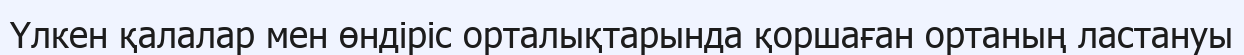
Үлкен қалалар мен өндіріс орталықтарында қоршаған ортаның ластануы